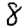
Digit: 8